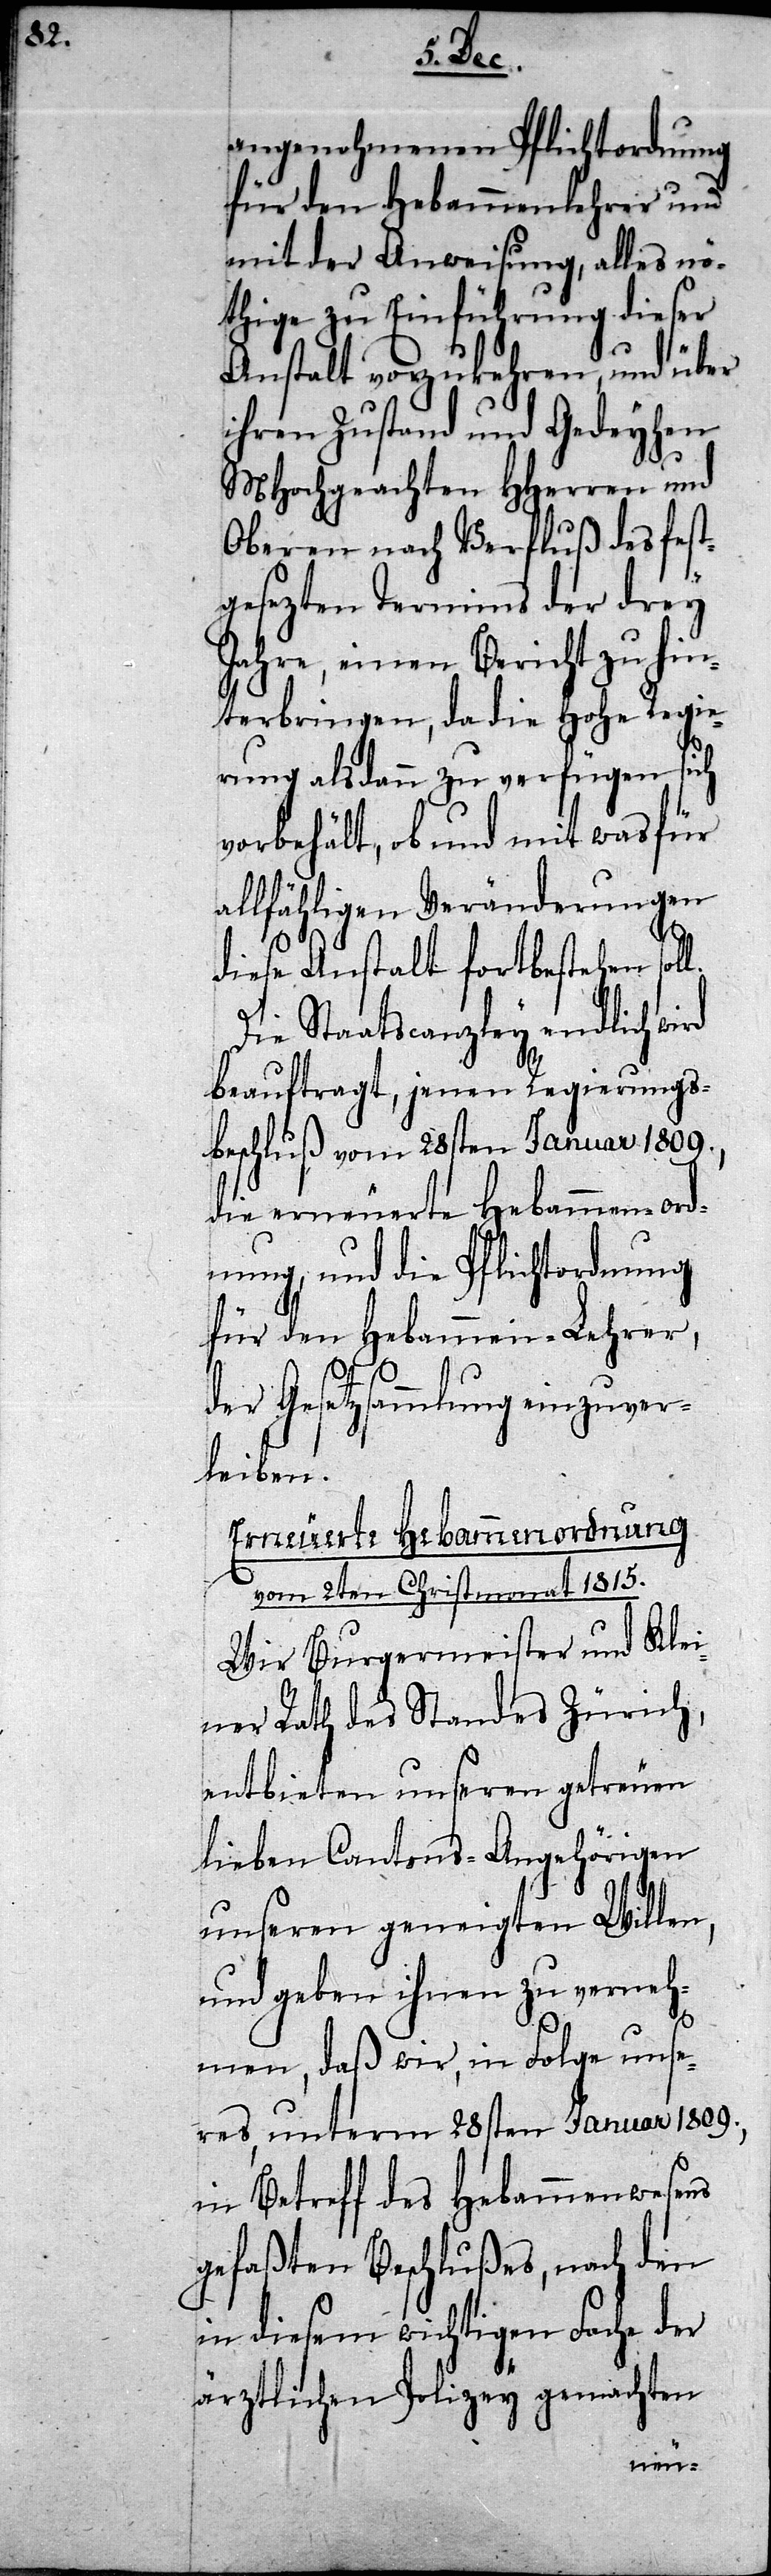
l.

angenohmenen Pflichtordnung
für den Hebammenlehrer und
mit der Anweisung, alles nö¬
thige zu Einführung dieser
Anstalt vorzukehren, und über
ihren Zustand und Gedeyhen
MHochgeachten HHerren und
Oberen nach Verfluß des fest¬
gesezten Termins der drey
Jahre, einen Bericht zu hin¬
terbringen, da die Hohe Regie¬
rung alsdann zu verfügen sich
vorbehält, ob und mit was für
allfähligen Veränderungen
diese Anstalt fortbestehen sol¬
Die Staatscanzley endlich wird
beauftragt, jenen Regierungs¬
beschluß vom 28sten Januar 1809.,
die erneuerte Hebammen-Ord¬
nung, und die Pflichtordnung
für den Hebammen-Lehrer,
der Gesetzsammlung einzuver¬
leiben.
Erneuerte Hebammenordnung
vom 2ten Christmonat 1815.
Wir Burgermeister und Klei¬
ner Rath des Standes Zürich,
entbieten unseren getreuen
lieben Cantons-Angehörigen
unseren geneigten Willen,
und geben ihnen zu verneh¬
men, daß wir, in Folge unse¬
res, unterm 28sten Januar 1809.,
in Betreff des Hebammenwesens
gefaßten Beschlußes, nach den
in diesem wichtigen Fache der
ärztlichen Polizey gemachten